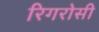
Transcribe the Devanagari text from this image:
रिगरोसी